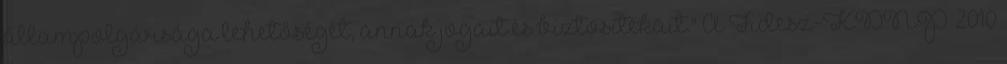
állampolgársága lehetőségét, annak jogait és biztosítékait." A Fidesz-KDNP 2010